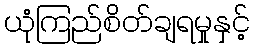
ယုံကြည်စိတ်ချရမှုနှင့်